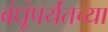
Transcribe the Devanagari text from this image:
बंधूंपर्यंतच्या